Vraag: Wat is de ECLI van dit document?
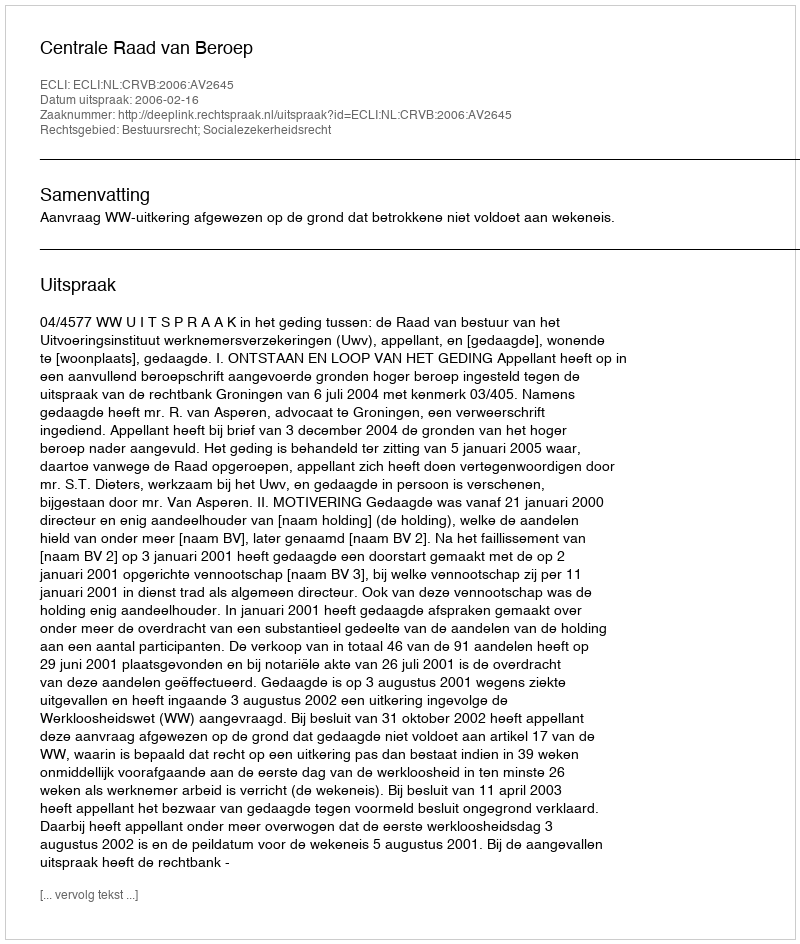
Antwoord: ECLI:NL:CRVB:2006:AV2645